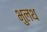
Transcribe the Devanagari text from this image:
भुलथ